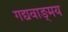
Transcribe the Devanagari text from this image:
गद्यवाङ्‌मय